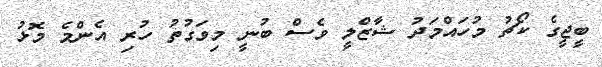
ބީޖީގެ ކޯޗު މުހައްމަދު ޝާޒްލީ ވެސް ބުނީ މިވަގުތު ހުރި އެންމެ މޮޅު